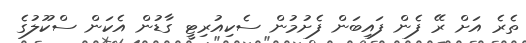
ތެރެ އަށް ރޭ ފެން ފައިބަން ފެށުމުން ސެކިއުރިޓީ ގާޑުން އެކަން ސްކޫލުގެ